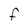
Character: F